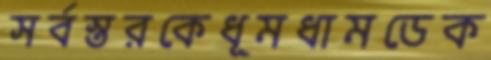
সর্বস্তরকেধূমধামডেক